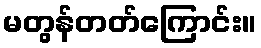
မတွန်တတ်ကြောင်း။